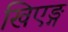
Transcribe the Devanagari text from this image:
खिएङ्ग